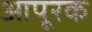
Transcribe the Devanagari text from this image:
आपूरक